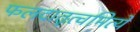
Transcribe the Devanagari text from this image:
फलदातृत्वमित्ये